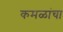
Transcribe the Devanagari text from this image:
कमळांचा